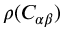
\rho ( C _ { \alpha \beta } )